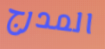
المدرج